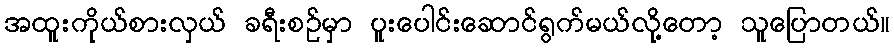
အထူးကိုယ်စားလှယ် ခရီးစဉ်မှာ ပူးပေါင်းဆောင်ရွက်မယ်လို့တော့ သူပြောတယ်။